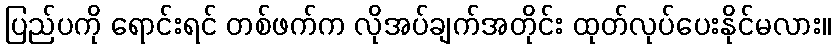
ပြည်ပကို ရောင်းရင် တစ်ဖက်က လိုအပ်ချက်အတိုင်း ထုတ်လုပ်ပေးနိုင်မလား။